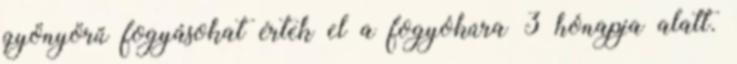
gyönyörű fogyásokat értek el a fogyókúra 3 hónapja alatt.